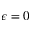
\epsilon = 0